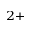
^ { 2 + }